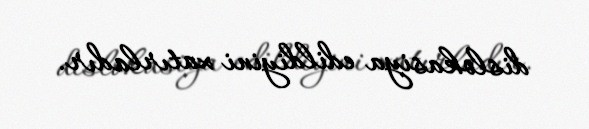
dislokasiya edildiyini xatırladır.